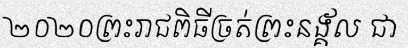
២០២០ព្រះរាជពិធីច្រត់ព្រះនង្គ័ល ជា